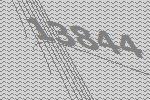
13844